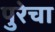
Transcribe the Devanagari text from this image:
पुरेचा